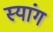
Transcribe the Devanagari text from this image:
स्‍यांग